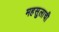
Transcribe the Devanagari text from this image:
महसुलाची